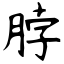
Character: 脖